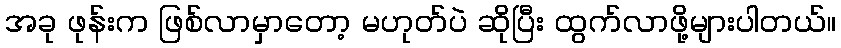
အခု ဖုန်းက ဖြစ်လာမှာတော့ မဟုတ်ပဲ ဆိုပြီး ထွက်လာဖို့များပါတယ်။